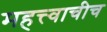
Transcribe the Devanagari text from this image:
महत्त्वाचीच